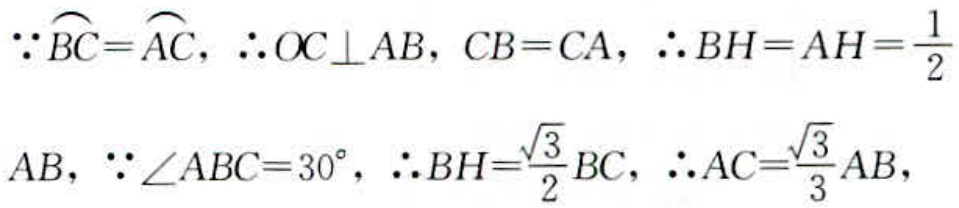
$\because\overset{\frown}{BC}=\overset{\frown}{AC},\ \therefore OC\perp AB,\ CB = CA,\ \therefore BH = AH=\frac{1}{2}\\AB,\ \because\angle ABC = 30^{\circ},\ \therefore BH=\frac{\sqrt{3}}{2}BC,\ \therefore AC=\frac{\sqrt{3}}{3}AB,$